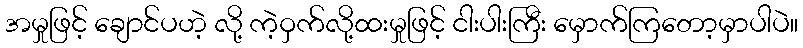
အမှုဖြင့် ချောင်ပဟဲ့ လို့ ကဲ့ဝှက်လို့ထးမှုဖြင့် ငါးပါးကြီး မှောက်ကြတော့မှာပါပဲ။